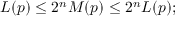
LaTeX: L ( p ) \leq 2 ^ { n } M ( p ) \leq 2 ^ { n } L ( p ) ;